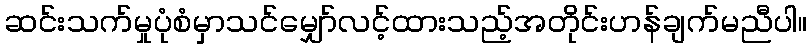
ဆင်းသက်မှုပုံစံမှာသင်မျှော်လင့်ထားသည့်အတိုင်းဟန်ချက်မညီပါ။